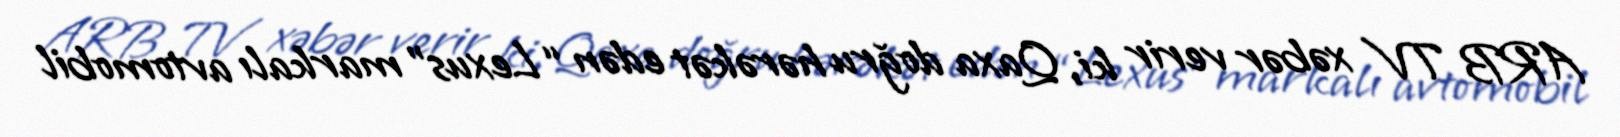
ARB TV xəbər verir ki, Qaxa doğru hərəkət edən “Lexus” markalı avtomobil